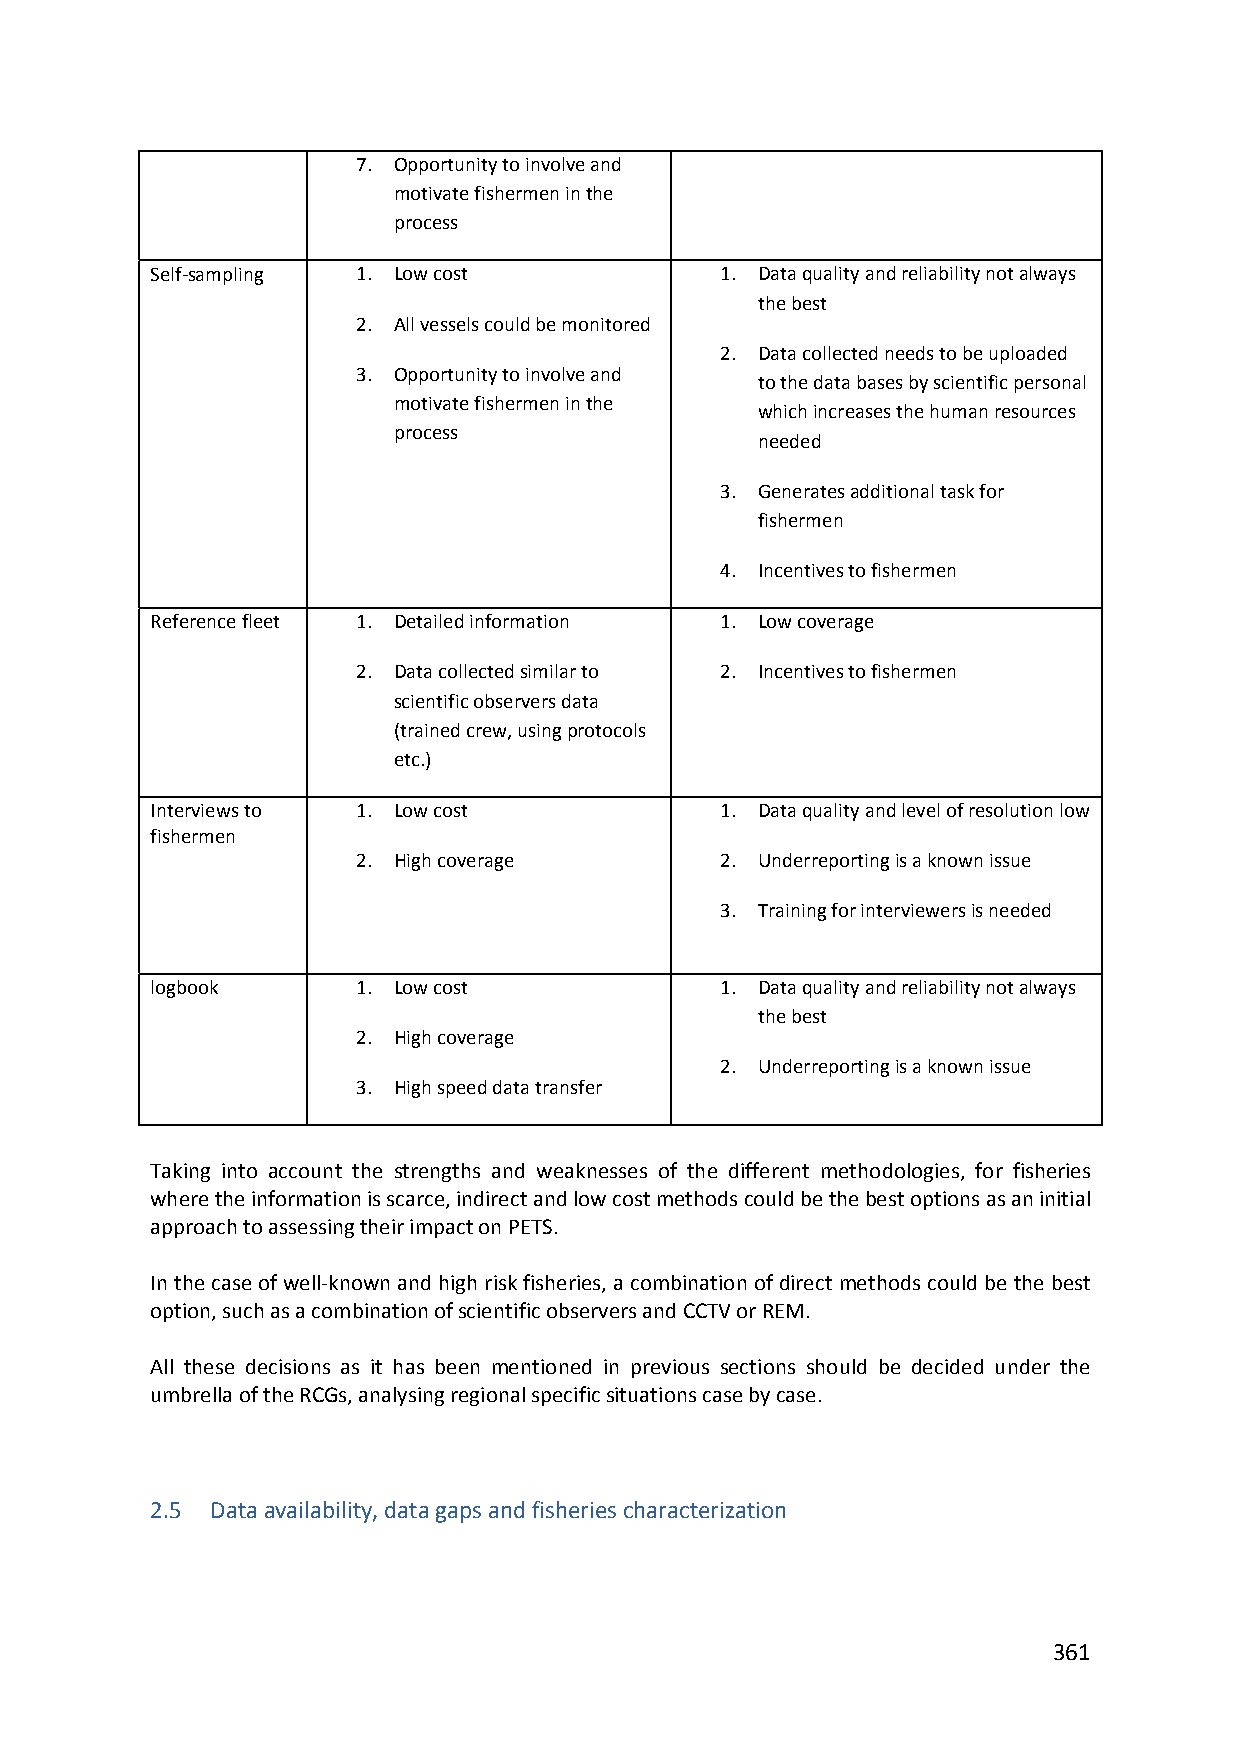
7. Opportunity to involve and
 motivate fishermen in the
 process
 Self‐sampling 1. Low cost             1. Data quality and reliability not always
 the best
 2. All vessels could be monitored
 2. Data collected needs to be uploaded
 3. Opportunity to involve and
 to the data bases by scientific personal
 motivate fishermen in the
 which increases the human resources
 process
 needed
 3. Generates additional task for
 fishermen
 4. Incentives to fishermen
 Reference fleet 1. Detailed information 1. Low coverage
 2. Data collected similar to 2. Incentives to fishermen
 scientific observers data
 (trained crew, using protocols
 etc.)
 Interviews to 1. Low cost             1. Data quality and level of resolution low
 fishermen
 2. High coverage        2. Underreporting is a known issue
 3. Training for interviewers is needed
 logbook       1. Low cost             1. Data quality and reliability not always
 the best
 2. High coverage
 2. Underreporting is a known issue
 3. High speed data transfer
 Taking into account the strengths and weaknesses of the different methodologies, for fisheries
 where the information is scarce, indirect and low cost methods could be the best options as an initial
 approach to assessing their impact on PETS.
 In the case of well‐known and high risk fisheries, a combination of direct methods could be the best
 option, such as a combination of scientific observers and CCTV or REM.
 All these decisions as it has been mentioned in previous sections should be decided under the
 umbrella of the RCGs, analysing regional specific situations case by case.
 2.5 Data availability, data gaps and fisheries characterization
 361